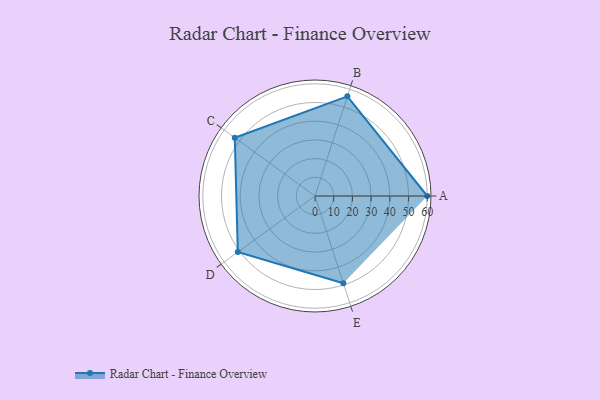
{"axis": {"x": "Skill", "y": "Score"}, "legend": ["Profile"], "data": [{"x": "A", "y": 60.0, "type": "Profile"}, {"x": "B", "y": 56.0, "type": "Profile"}, {"x": "C", "y": 53.0, "type": "Profile"}, {"x": "D", "y": 51.0, "type": "Profile"}, {"x": "E", "y": 49.0, "type": "Profile"}]}